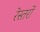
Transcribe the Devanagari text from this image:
रेस्तरों